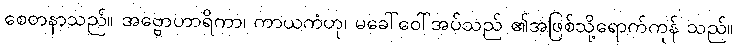
စေတနာသည်။ အဗ္ဗောဟာရိကာ၊ ကာယကံဟု၊ မခေါ်ဝေါ်အပ်သည် ၏အဖြစ်သို့ရောက်ကုန် သည်။